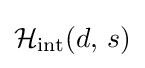
{\mathcal {H}}_{\text{int}}(d,\,s)